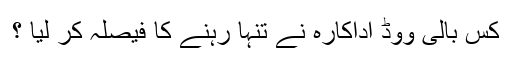
کس بالی ووڈ اداکارہ نے تنہا رہنے کا فیصلہ کر لیا ؟